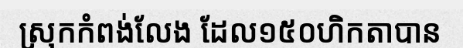
ស្រុកកំពង់លែង ដែល១៥០ហិកតាបាន